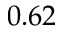
0 . 6 2